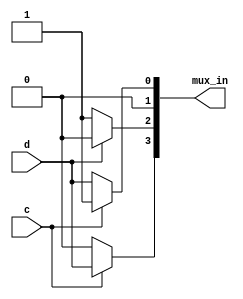
module top_module (
	input c,
	input d,
	output [3:0] mux_in
);
	
	// After splitting the truth table into four columns,
	// the rest of this question involves implementing logic functions
	// using only multiplexers (no other gates).
	// I will use the conditional operator for each 2-to-1 mux: (s ? a : b)
	assign mux_in[0] = c ? 1 : d;          // 1 mux:   c|d
	assign mux_in[1] = 0;                  // No muxes:  0
	assign mux_in[2] = d ? 0 : 1;          // 1 mux:    ~d
	assign mux_in[3] = c ? d : 0;          // 1 mux:   c&d
	
endmodule